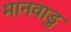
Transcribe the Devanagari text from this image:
मानवाडु